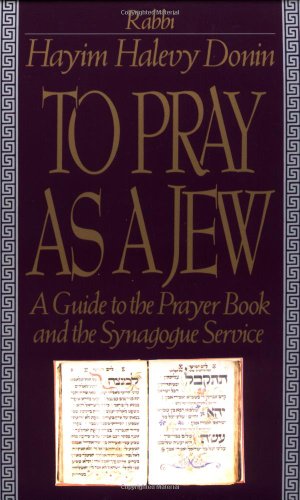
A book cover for To Pray As A Jew: A Guide To The Prayer Book And The Synagogue Service; Hayim H. Donin; Religion & Spirituality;